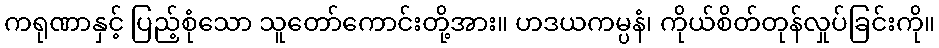
ကရုဏာနှင့် ပြည့်စုံသော သူတော်ကောင်းတို့အား။ ဟဒယကမ္ပနံ၊ ကိုယ်စိတ်တုန်လှုပ်ခြင်းကို။